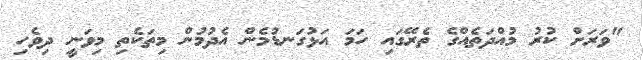
"ވަރަށް ކުރު މުއްދަތެއްގެ ތެރޭގައި ހަމަ އަޅުގަނޑުމެން އެދުމުން މިތަކެތި މިވަނީ ދިވެހި